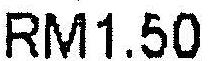
RM1.50